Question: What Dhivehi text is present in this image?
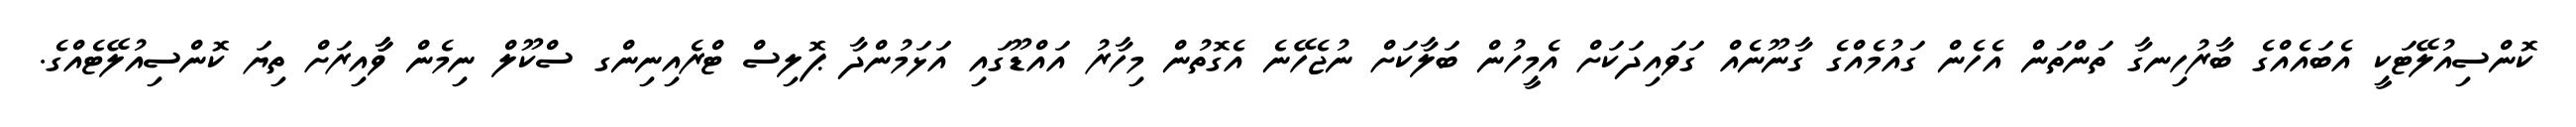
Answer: ކޮންސިއުލޭޓަކީ އެބައެއްގެ ބާރުހިނގާ ތަންތަން އެހެން ގައުމެއްގެ ގާނޫނެއް ގަވައިދަކަށް އެމީހުން ބަލާކަށް ނުޖެހޭނެ އެގޮތުން މިހާރު އައްޑޫގައި އަޅަމުންދާ ޕޮލިސް ޓްރެއިނިންގ ސްކޫލް ނިމެން ވާާއިރަށް ތިޔަ ކޮންސިއުލޭޓެއްގެ.